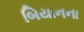
બિયાનના